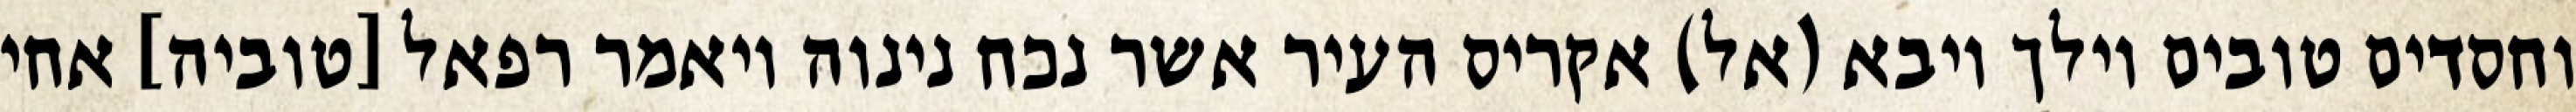
וחסדים טובים וילך ויבא (אל) אקריס העיר אשר נכח נינוה ויאמר רפאל [טוביה] אחי